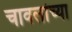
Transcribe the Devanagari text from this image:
चावलांच्या